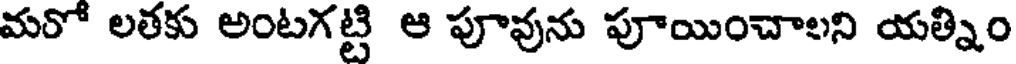
మరో లతకు అంటగట్టి ఆ పూవును పూయించాలని యత్నిం